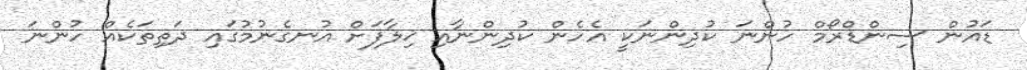
ޑައުން ސިންޑްރޯމް ހުންނަ ކުދިންނަކީ އެހެން ކުދިންނާއި ޚިލާފަށް އުނގެނުމުގައި ދަތިތަކެއް ހުންނަ